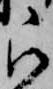
被